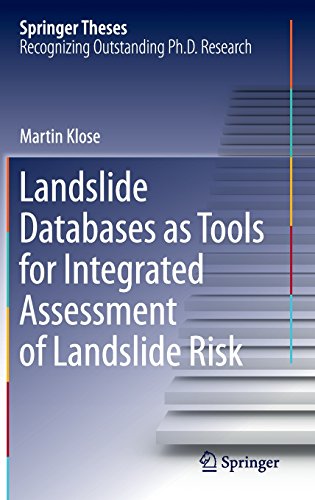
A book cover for Landslide Databases as Tools for Integrated Assessment of Landslide Risk (Springer Theses); Martin Klose; Science & Math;